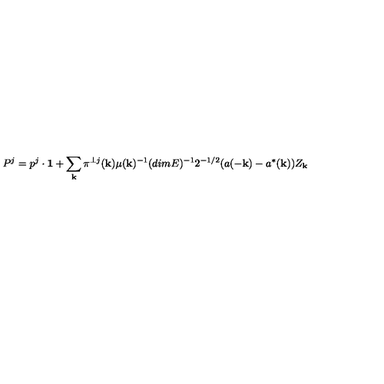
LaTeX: P ^ { j } = p ^ { j } \cdot { \bf 1 } + \sum _ { \bf k } \pi ^ { \perp j } ( { \bf k } ) \mu ( { \bf k } ) ^ { - 1 } ( d i m E ) ^ { - 1 } 2 ^ { - 1 / 2 } ( a ( - { \bf k } ) - a ^ { * } ( { \bf k } ) ) Z _ { \bf k }